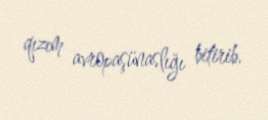
qızım avropaşünaslığı bitirib.